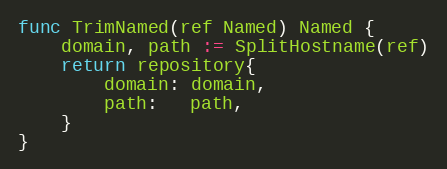
Language: Go
func TrimNamed(ref Named) Named {
	domain, path := SplitHostname(ref)
	return repository{
		domain: domain,
		path:   path,
	}
}